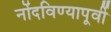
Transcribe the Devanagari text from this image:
नोंदविण्यापूर्वी